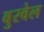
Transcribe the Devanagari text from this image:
बुरवेल